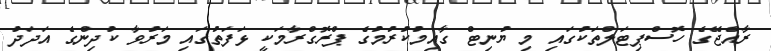
ރާއްޖޭގެ ހޮސްޕިޓަލްތަކުގައި މި ޔުނިޓް ގާއިމުކުރުމުގެ ޕްރޮގްރާމަކީ ޅަފަތުގައި މަރުވާ ކުދިންގެ އަދަދު